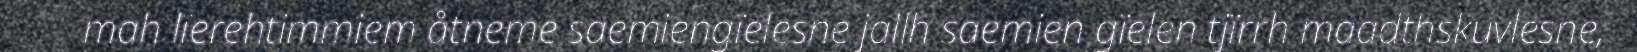
mah lïerehtimmiem åtneme saemiengïelesne jallh saemien gïelen tjïrrh maadthskuvlesne,